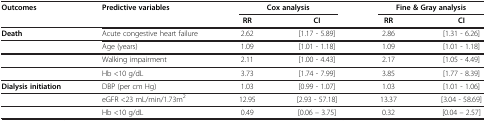
<table><thead><tr><td><b>Outcomes</b></td><td><b>Predictive variables</b></td><td colspan="2"><b>Cox analysis</b></td><td colspan="2"><b>Fine &amp; Gray analysis</b></td></tr><tr><td><b> </b></td><td><b> </b></td><td><b>RR</b></td><td><b>CI</b></td><td><b>RR</b></td><td><b>CI</b></td></tr></thead><tbody><tr><td><b>Death</b></td><td>Acute congestive heart failure</td><td>2.62</td><td>[1.17 - 5.89]</td><td>2.86</td><td>[1.31 - 6.26]</td></tr><tr><td> </td><td>Age (years)</td><td>1.09</td><td>[1.01 - 1.18]</td><td>1.09</td><td>[1.01 - 1.18]</td></tr><tr><td> </td><td>Walking impairment</td><td>2.11</td><td>[1.00 - 4.43]</td><td>2.17</td><td>[1.05 - 4.49]</td></tr><tr><td> </td><td>Hb &lt;10 g/dL</td><td>3.73</td><td>[1.74 - 7.99]</td><td>3.85</td><td>[1.77 - 8.39]</td></tr><tr><td><b>Dialysis initiation</b></td><td>DBP (per cm Hg)</td><td>1.03</td><td>[0.99 - 1.07]</td><td>1.03</td><td>[1.01 - 1.06]</td></tr><tr><td> </td><td>eGFR &lt;23 mL/min/1.73m<sup>2</sup></td><td>12.95</td><td>[2.93 - 57.18]</td><td>13.37</td><td>[3.04 - 58.69]</td></tr><tr><td> </td><td>Hb &lt;10 g/dL</td><td>0.49</td><td>[0.06 – 3.75]</td><td>0.32</td><td>[0.04 – 2.57]</td></tr></tbody></table>